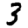
Digit: 3